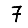
Digit: 7